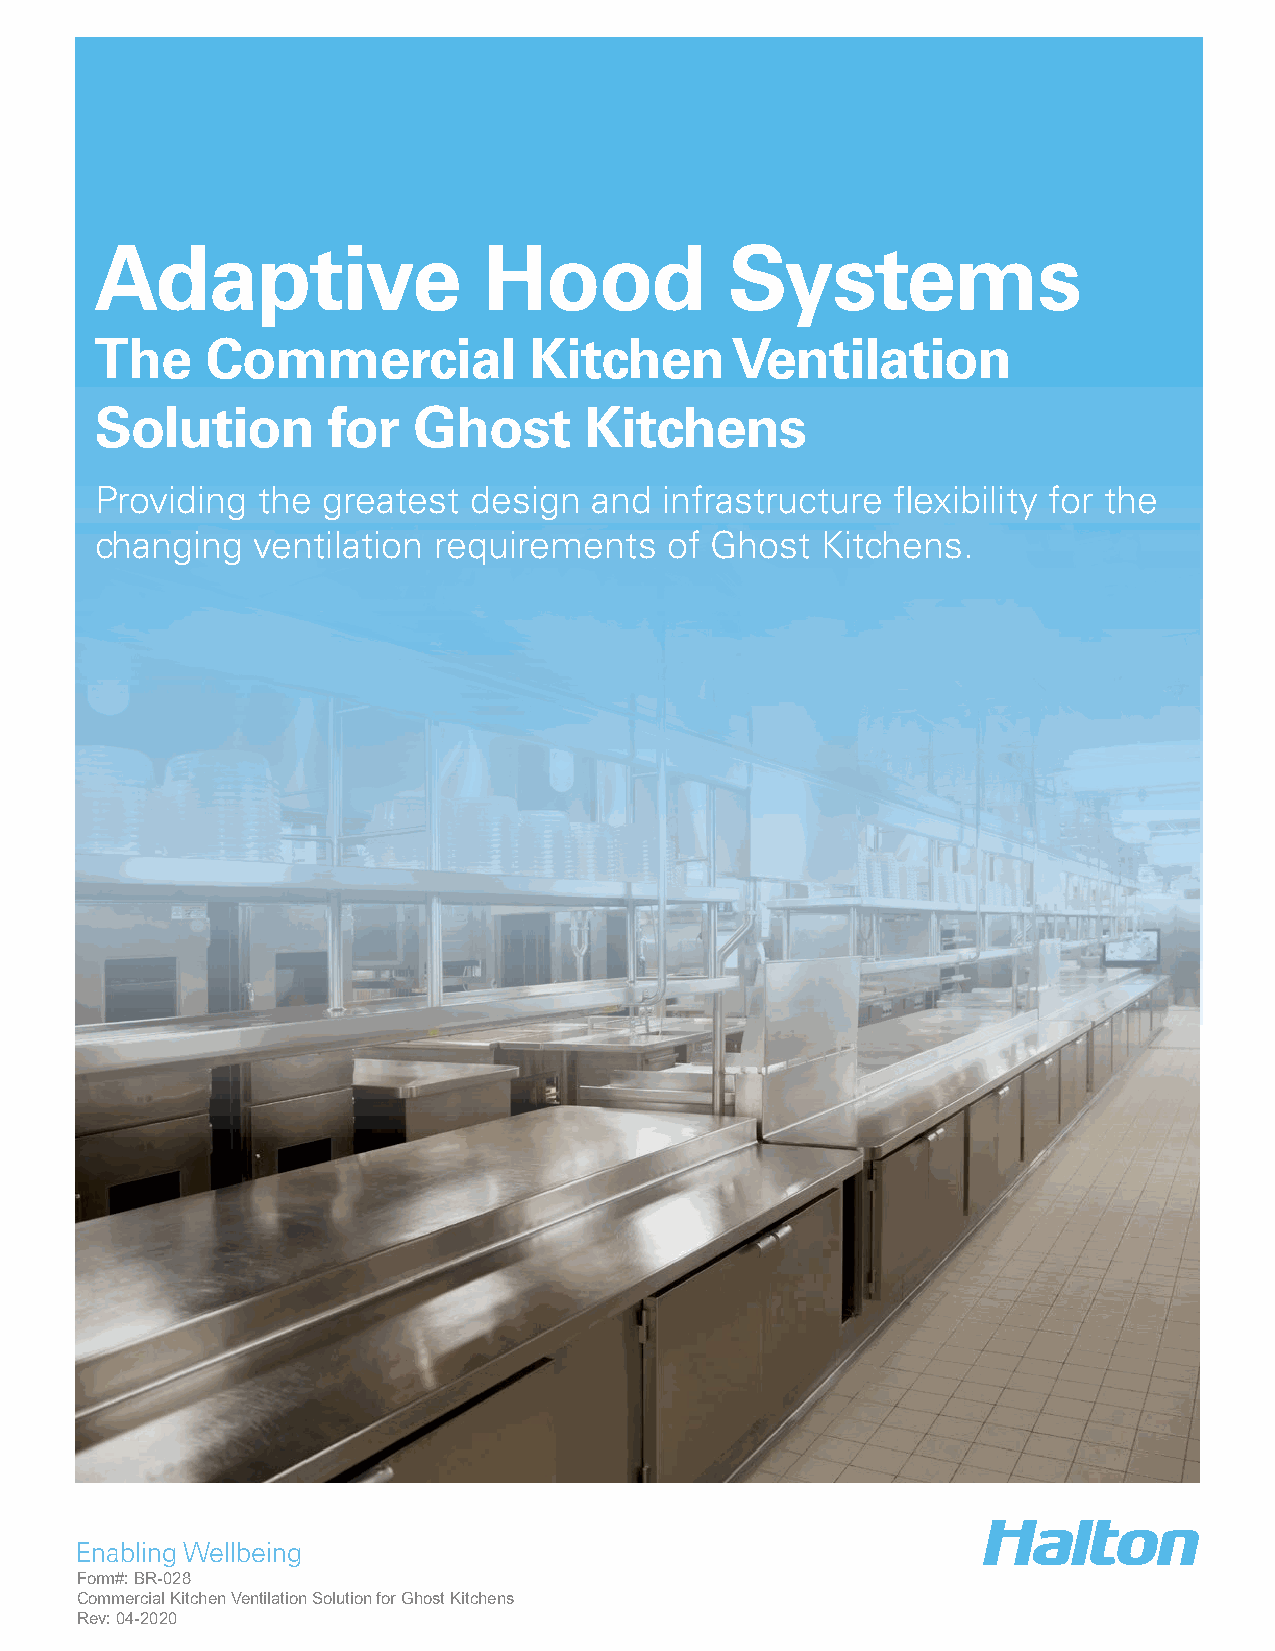
Adaptive                  Hood            Systems
 The     Commercial           Kitchen      Ventilation
 Solution        for  Ghost       Kitchens
 Providing  the greatest  design  and  infrastructure flexibility for the
 changing   ventilation requirements   of Ghost  Kitchens.
 Enabling Wellbeing
 Form#: BR-028
 Commercial Kitchen Ventilation Solution for Ghost Kitchens
 Rev: 04-2020